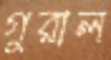
গুরাল